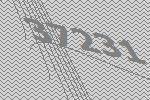
37231